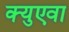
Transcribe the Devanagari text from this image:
क्युएवा